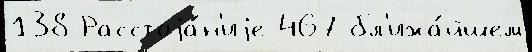
138 Расстоjа́н'иjе 467 бл'ижа́йшем